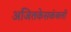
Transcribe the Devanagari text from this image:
अजितकेसकंबली